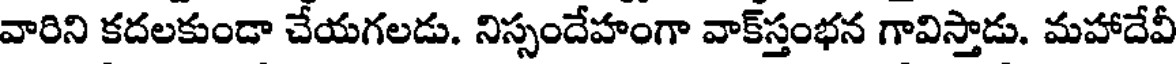
వారిని కదలకుండా చేయగలడు. నిస్సందేహంగా వాక్స్తంభన గావిస్తాడు. మహాదేవీ